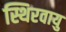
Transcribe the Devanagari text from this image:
स्थिरवायु